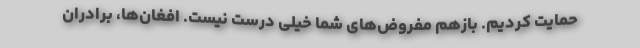
حمایت کردیم. بازهم مفروض‌های شما خیلی درست نیست. افغان‌ها، برادران